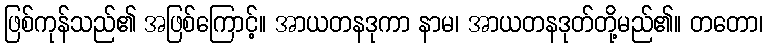
ဖြစ်ကုန်သည်၏ အဖြစ်ကြောင့်။ အာယတနဒုကာ နာမ၊ အာယတနဒုတ်တို့မည်၏။ တတော၊